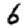
Digit: 6